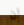
ان